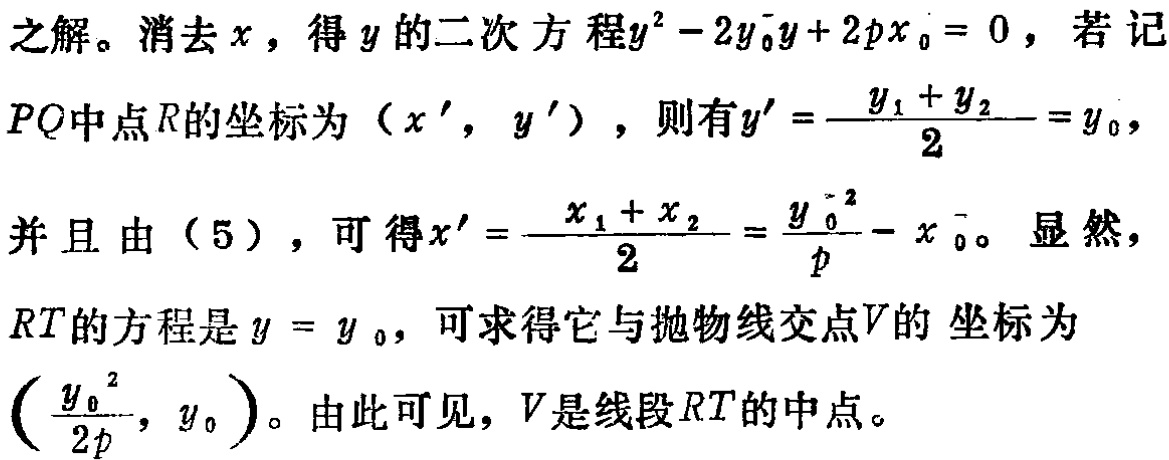
之解。消去\(x\)，得\(y\)的二次方程\(y^{2}-2y_{0}y + 2px_{0}=0\)，若记\(PQ\)中点\(R\)的坐标为\((x',y')\)，则有\(y'=\frac{y_{1} + y_{2}}{2}=y_{0}\)，并且由\((5)\)，可得\(x'=\frac{x_{1}+x_{2}}{2}=\frac{y_{0}^{2}}{p}-x_{0}\)。显然，\(RT\)的方程是\(y = y_{0}\)，可求得它与抛物线交点\(V\)的坐标为\((\frac{y_{0}^{2}}{2p},y_{0})\)。由此可见，\(V\)是线段\(RT\)的中点。